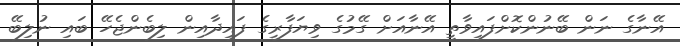
އޭނާގެ ނަން ބޭނުންކޮށްފައިވާތީ އޭނާއަށް ގޭމުގެ ވިޔަފާރީގެ ފައިދާއިން ލިބެންޖެހޭ ބައި ނުލިބޭ